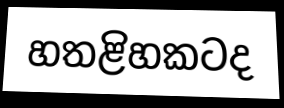
හතළිහකටද